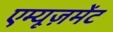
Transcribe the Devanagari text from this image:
एम्यूज़मेंट